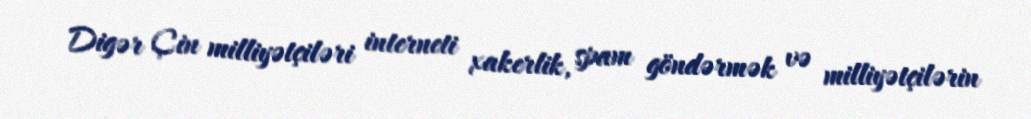
Digər Çin milliyətçiləri interneti xakerlik, spam göndərmək və milliyətçilərin